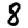
Digit: 8